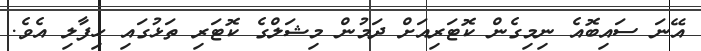
އޭނަ ސައިބޮއެ ނިމިގެން ކޮޓަރިއަށް ދަމުން މިޝަލްގެ ކޮޓަރި ތަޅުގައި ހިފާލި އެވެ.